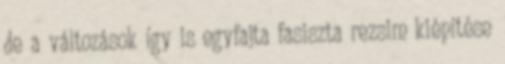
de a változások így is egyfajta fasiszta rezsim kiépítése